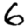
Digit: 6